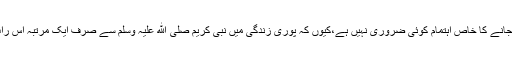
مسئلہ:شب برأت میں قبرستان جانے کا خاص اہتمام کوئی ضروری نہیں ہے،کیوں کہ پوری زندگی میں نبی کریم صلی الله علیہ وسلم سے صرف ایک مرتبہ اس رات میں قبرستان جانا ثابت ہے۔